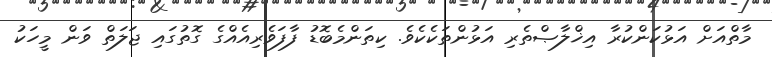
މާތްއަށް އަޅުކަންކުރާ އިޚްލާޞްތެރި އަޅުންތަކެކެވެ. ކިތަންމެބޮޑު ފާފަވެރިއެއްގެ ގޮތުގައި ޖަލަތް ވަން މީހަކު